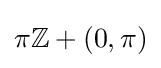
{\textstyle \pi \mathbb {Z} +(0,\pi )}